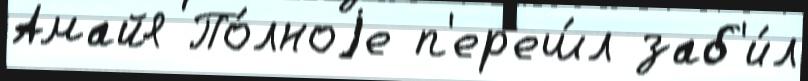
Амайя По́лноjе п'ер'еш́л заб'и́л